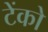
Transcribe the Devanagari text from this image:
टेंको